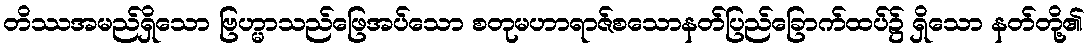
တိဿအမည်ရှိသော ဗြဟ္မာသည်ဖြေအပ်သော စတုမဟာရာဇ်စသောနတ်ပြည်ခြောက်ထပ်၌ ရှိသော နတ်တို့၏